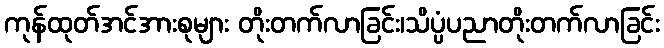
ကုန်ထုတ်အင်အားစုများ တိုးတက်လာခြင်း၊သိပ္ပံပညာတိုးတက်လာခြင်း